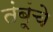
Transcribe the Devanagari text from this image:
तंबूंचे